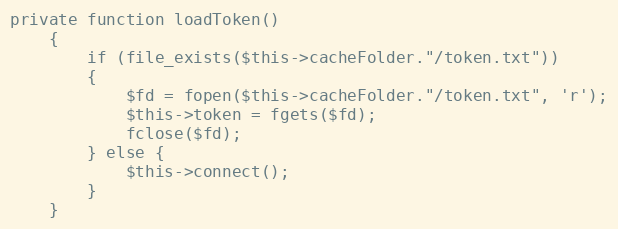
Language: PHP
private function loadToken()
	{
		if (file_exists($this->cacheFolder."/token.txt"))
		{
			$fd = fopen($this->cacheFolder."/token.txt", 'r');
			$this->token = fgets($fd);
			fclose($fd);
		} else {
			$this->connect();
		}
	}